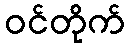
ဝင်တိုက်